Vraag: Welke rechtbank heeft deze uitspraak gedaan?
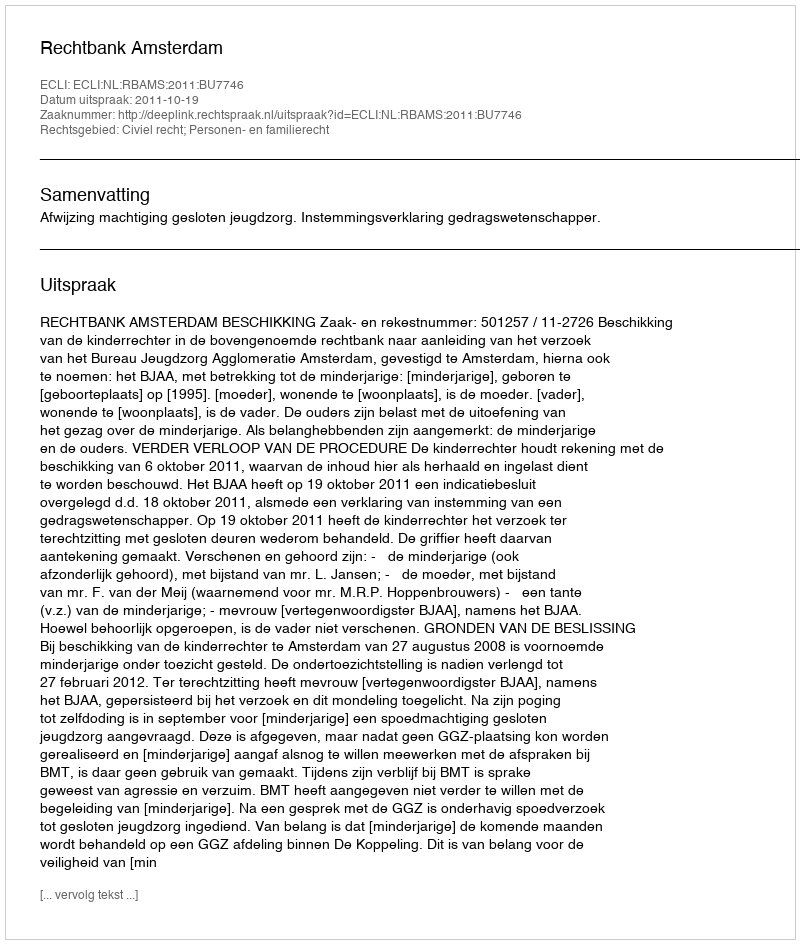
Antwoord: Rechtbank Amsterdam